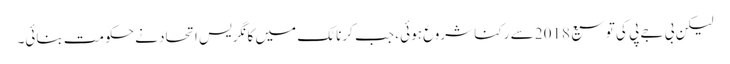
لیکن بی جے پی کی توسیع 2018 سے رکنا شروع ہوئی ، جب کرناٹک میں کانگریس اتحاد نے حکومت بنائی۔